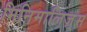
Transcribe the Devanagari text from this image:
मिनिमालिज़्म